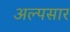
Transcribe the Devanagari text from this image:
अल्पसार